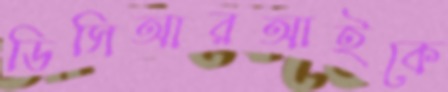
ডিসিআরআইকে